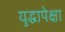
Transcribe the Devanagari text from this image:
युद्धापेक्षा